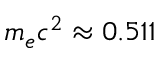
m _ { e } c ^ { 2 } \approx 0 . 5 1 1